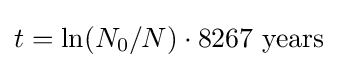
t=\ln(N_{0}/N)\cdot {\text{8267 years}}